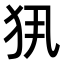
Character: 𤜾